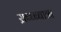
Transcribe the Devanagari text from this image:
ऱाब्ब्ब्बाॠ